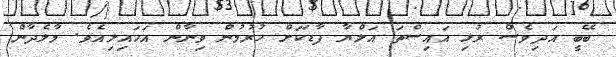
ބޭބީ އަދިވެސް ރުޅި އައިސްތަ އަލްޔާ ފާޑަކަށް ހުރުމުން ވިނާން އަހައިލިއެވެ. މާލެދާން